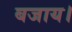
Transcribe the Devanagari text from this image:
बजाय।